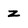
Character: z